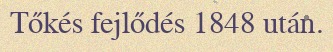
Tőkés fejlődés 1848 után.